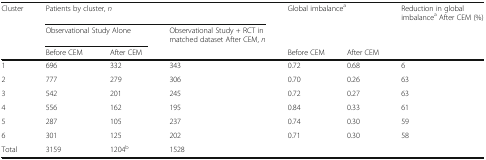
<table><thead><tr><td><b>Cluster</b></td><td colspan="3"><b>Patients by cluster, <i>n</i></b></td><td colspan="2"><b>Global imbalance<sup>a</sup></b></td><td><b>Reduction in global imbalance<sup>a</sup> After CEM (%)</b></td></tr><tr><td></td><td colspan="2"><b>Observational Study Alone</b></td><td><b>Observational Study + RCT in matched dataset After CEM, <i>n</i></b></td><td></td><td></td><td></td></tr><tr><td></td><td><b>Before CEM</b></td><td><b>After CEM</b></td><td></td><td><b>Before CEM</b></td><td><b>After CEM</b></td><td></td></tr></thead><tbody><tr><td>1</td><td>696</td><td>332</td><td>343</td><td>0.72</td><td>0.68</td><td>6</td></tr><tr><td>2</td><td>777</td><td>279</td><td>306</td><td>0.70</td><td>0.26</td><td>63</td></tr><tr><td>3</td><td>542</td><td>201</td><td>245</td><td>0.72</td><td>0.27</td><td>63</td></tr><tr><td>4</td><td>556</td><td>162</td><td>195</td><td>0.84</td><td>0.33</td><td>61</td></tr><tr><td>5</td><td>287</td><td>105</td><td>237</td><td>0.74</td><td>0.30</td><td>59</td></tr><tr><td>6</td><td>301</td><td>125</td><td>202</td><td>0.71</td><td>0.30</td><td>58</td></tr><tr><td>Total</td><td>3159</td><td>1204<sup>b</sup></td><td>1528</td><td></td><td></td><td></td></tr></tbody></table>